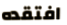
افتقده